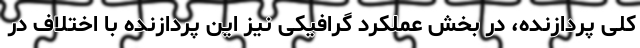
کلی پردازنده، در بخش عملکرد گرافیکی نیز این پردازنده با اختلاف در